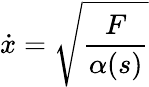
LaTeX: \dot{x}=\sqrt{\frac{F}{\alpha(s)}}